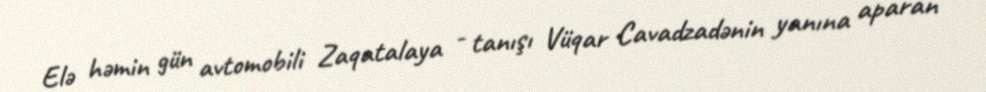
Elə həmin gün avtomobili Zaqatalaya - tanışı Vüqar Cavadzadənin yanına aparan